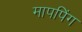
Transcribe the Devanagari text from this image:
मापपिंग